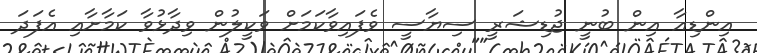
އިންޑިއާ އިން ބުނީ ޖުޑިޝަރީ ސިޔާސީ ވެފައިވާކަމަށް ވަކީލުން ވިދާޅުވާ ކަމާށާއި އެފަދަ